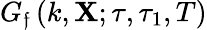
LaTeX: G_{\mathfrak{f}}\left(k,\mathbf{{X}};\tau,\tau_{1},T\right)